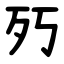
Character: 㱙